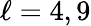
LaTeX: \ell=4,9